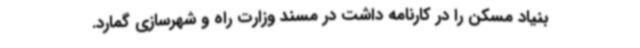
بنیاد مسکن را در کارنامه داشت در مسند وزارت راه و شهرسازی گمارد.